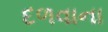
દળવાના